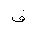
Letter: _fa